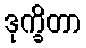
ဒုက္ခိတာ